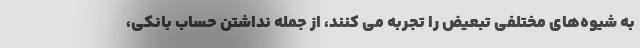
به شیوه‌های مختلفی تبعیض را تجربه می کنند، از جمله نداشتن حساب بانکی،